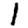
Digit: 1